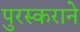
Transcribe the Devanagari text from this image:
पुरस्कराने